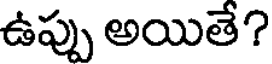
ఉప్పు అయితే?